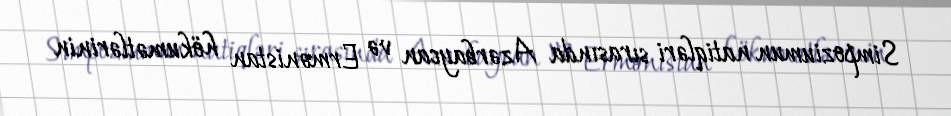
Simpoziumun natiqləri sırasında Azərbaycan və Ermənistan hökumətlərinin